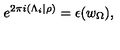
e ^ { 2 \pi i ( \Lambda _ { i } | \rho ) } = \epsilon ( w _ { \Omega } ) ,